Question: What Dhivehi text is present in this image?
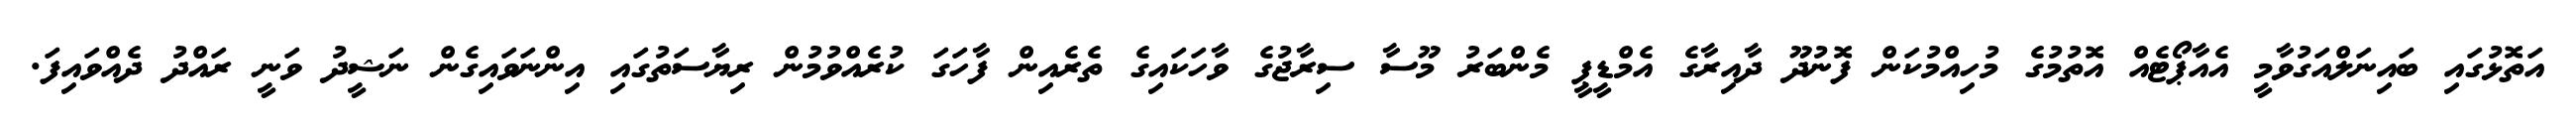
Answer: އަތޮޅުގައި ބައިނަލްއަގުވާމީ އެއާޕޯޓެއް އޮތުމުގެ މުހިއްމުކަން ފޮނުދޫ ދާއިރާގެ އެމްޑީޕީ މެންބަރު މޫސާ ސިރާޖުގެ ވާހަކައިގެ ތެރެއިން ފާހަގަ ކުރެއްވުމުން ރިޔާސަތުގައި އިންނަވައިގެން ނަޝީދު ވަނީ ރައްދު ދެއްވައިފަ.